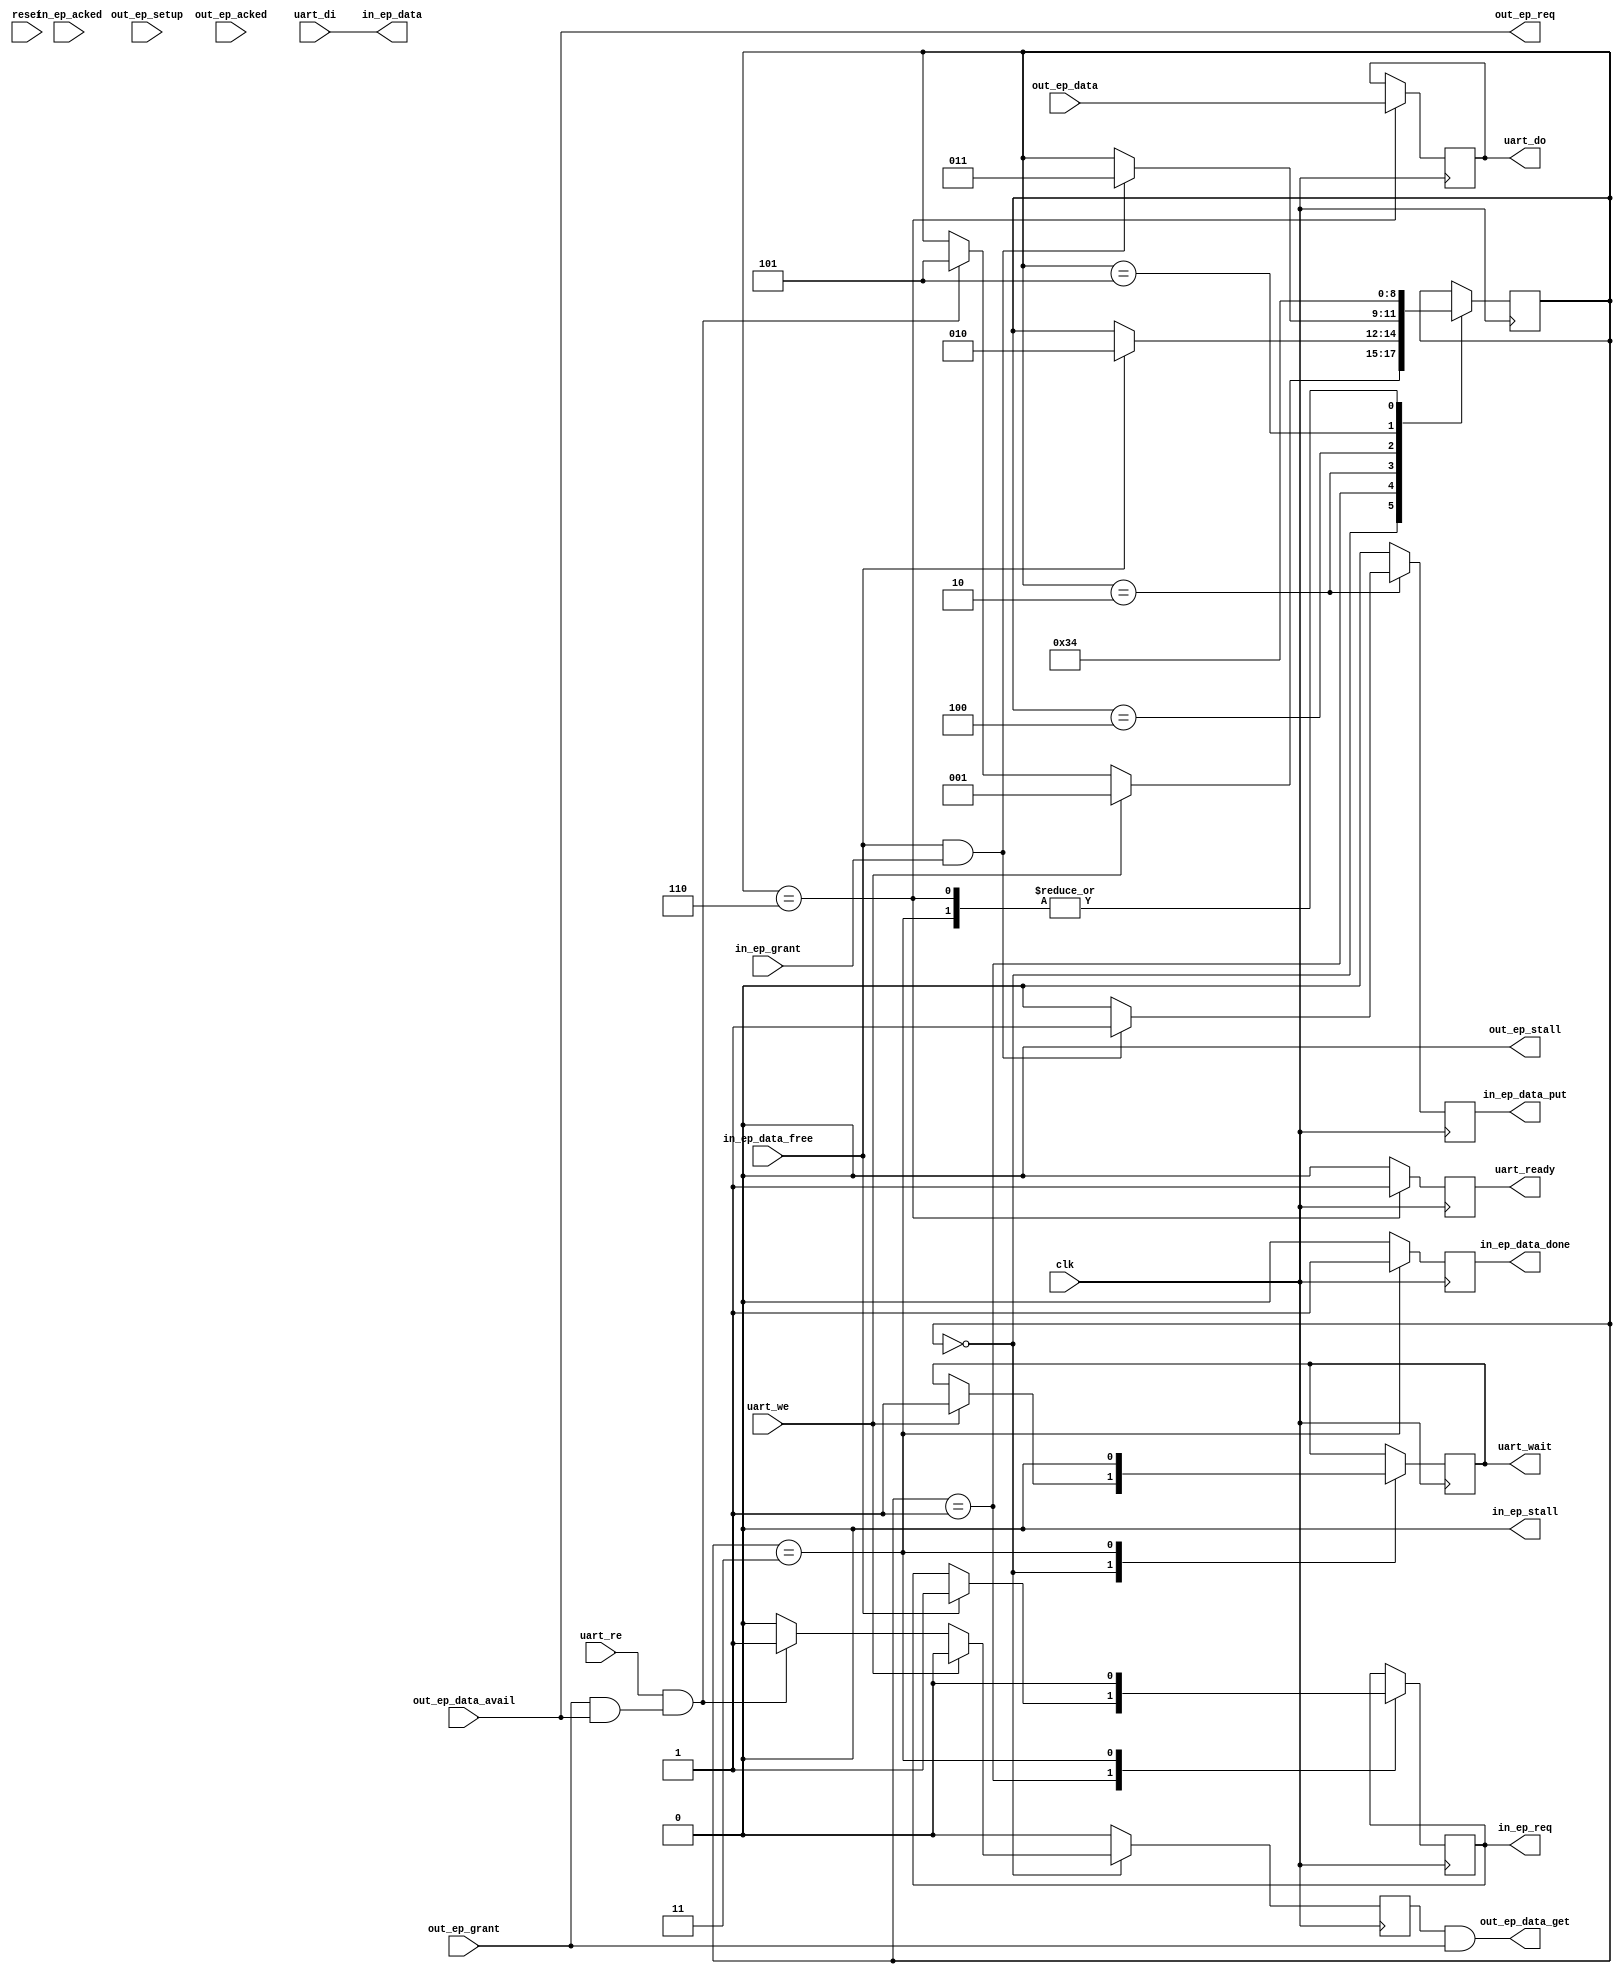
module usb_uart_bridge_ep (
  input clk,
  input reset,


  ////////////////////
  // out endpoint interface 
  ////////////////////
  output out_ep_req,
  input out_ep_grant,
  input out_ep_data_avail,
  input out_ep_setup,
  output out_ep_data_get,
  input [7:0] out_ep_data,
  output out_ep_stall,
  input out_ep_acked,


  ////////////////////
  // in endpoint interface 
  ////////////////////
  output reg in_ep_req,
  input in_ep_grant,
  input in_ep_data_free,
  output reg in_ep_data_put,
  output [7:0] in_ep_data,
  output reg in_ep_data_done = 0,
  output in_ep_stall,
  input in_ep_acked,

  // uart interface
  input uart_we,
  input uart_re,
  input [7:0] uart_di,
  output reg [7:0] uart_do,
  output reg uart_wait = 0,
  output reg uart_ready
);

  assign out_ep_stall = 1'b0;
  assign in_ep_stall = 1'b0;

  reg get_out_data = 0;
  
  assign out_ep_req = out_ep_data_avail;
  assign out_ep_data_get = get_out_data && out_ep_grant;

  wire out_data_ready = out_ep_grant && out_ep_data_avail;

  assign in_ep_data = uart_di;

  // State machine
  reg [2:0] state = 0;

  always @(posedge clk) begin
    in_ep_data_put <= 0;
    in_ep_data_done <= 0;
    get_out_data <= 0;
    uart_ready <= 0;

    case (state) 
    0: begin
      if (uart_we) begin
        state <= 1;
        uart_wait <= 1;
      end 
      else if (uart_re && out_data_ready) begin
        state <= 5;
        get_out_data <= 1;
      end
    end
    1: begin
      if (in_ep_data_free) begin
        in_ep_req <= 1;
        state <= 2;
      end
    end
    2: begin
      if (in_ep_data_free && in_ep_grant) begin
        in_ep_data_put <= 1;
        state <= 3;
      end
    end
    3: begin
      in_ep_data_done <= 1;
      in_ep_req <= 0;
      uart_wait <= 0;
      state <= 4;
    end
    4: begin
      state <= 0;
    end
    5: begin
      state <= 6;
    end
    6: begin
      uart_do <= out_ep_data;
      state <= 4;
      uart_ready <= 1;
    end  
    endcase
  end

endmodule